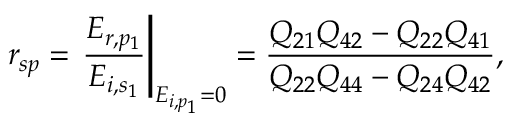
r _ { s p } = \left. \frac { E _ { r , p _ { 1 } } } { E _ { i , s _ { 1 } } } \right\vert _ { E _ { i , p _ { 1 } } = 0 } = \frac { Q _ { 2 1 } Q _ { 4 2 } - Q _ { 2 2 } Q _ { 4 1 } } { Q _ { 2 2 } Q _ { 4 4 } - Q _ { 2 4 } Q _ { 4 2 } } ,